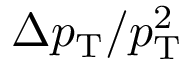
\Delta p _ { \mathrm { T } } / p _ { \mathrm { T } } ^ { 2 }